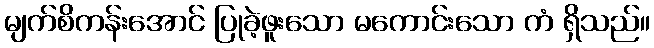
မျက်စိကန်းအောင် ပြုခဲ့ဖူးသော မကောင်းသော ကံ ရှိသည်။